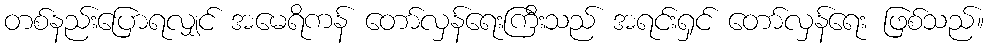
တစ်နည်းပြောရလျှင် အမေရိကန် တော်လှန်ရေးကြီးသည် အရင်းရှင် တော်လှန်ရေး ဖြစ်သည်။